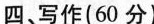
四、写作(60分)